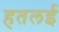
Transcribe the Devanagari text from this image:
हतलई